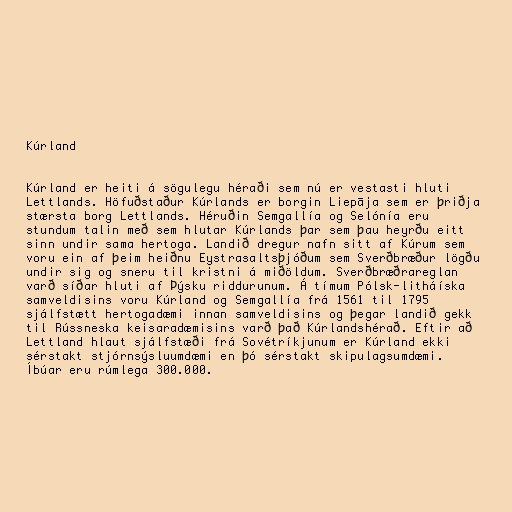
Kúrland

Kúrland er heiti á sögulegu héraði sem nú er vestasti hluti
Lettlands. Höfuðstaður Kúrlands er borgin Liepāja sem er þriðja
stærsta borg Lettlands. Héruðin Semgallía og Selónía eru
stundum talin með sem hlutar Kúrlands þar sem þau heyrðu eitt
sinn undir sama hertoga. Landið dregur nafn sitt af Kúrum sem
voru ein af þeim heiðnu Eystrasaltsþjóðum sem Sverðbræður lögðu
undir sig og sneru til kristni á miðöldum. Sverðbræðrareglan
varð síðar hluti af Þýsku riddurunum. Á tímum Pólsk-litháíska
samveldisins voru Kúrland og Semgallía frá 1561 til 1795
sjálfstætt hertogadæmi innan samveldisins og þegar landið gekk
til Rússneska keisaradæmisins varð það Kúrlandshérað. Eftir að
Lettland hlaut sjálfstæði frá Sovétríkjunum er Kúrland ekki
sérstakt stjórnsýsluumdæmi en þó sérstakt skipulagsumdæmi.
Íbúar eru rúmlega 300.000.